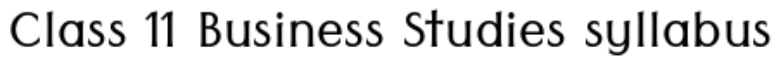
Class 11 Business Studies syllabus